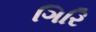
ગિરિ